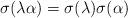
LaTeX: \begin{align*}\sigma(\lambda\alpha)=\sigma(\lambda)\sigma(\alpha)\end{align*}